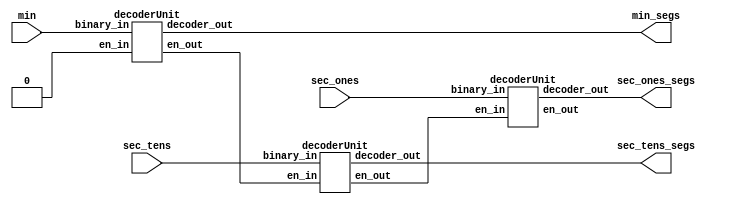
module decoder4x7(
  input wire [3:0] sec_ones, sec_tens, min,
  output wire [6:0] sec_ones_segs, sec_tens_segs, min_segs);
  
  wire en_secs_ones;
  wire en_secs_tens;
  wire ground;
  
  
  decoderUnit Dec1(.binary_in(sec_ones), .decoder_out(sec_ones_segs), .en_in(en_secs_ones) , .en_out(ground));
  decoderUnit Dec2(.binary_in(sec_tens), .decoder_out(sec_tens_segs), .en_in(en_secs_tens) , .en_out(en_secs_ones));
  decoderUnit Dec3(.binary_in(min), .decoder_out(min_segs), .en_in(1'b0), .en_out(en_secs_tens));
  
endmodule


module decoderUnit(
  input wire [3:0] binary_in   , //  4 bit binary input
  output wire [6:0] decoder_out , //  7-bit out 
  input wire en_in,
  output wire en_out
); 
 
 //Decoder que mapeia para um binrio para um bus de bits do display de 7 segmentos na forma abcdefg
 //onde ALTO(1)  o sinal de led ligado e o BAIXO(0), desligado.
  
  assign decoder_out = (binary_in==0 && en_in) ? 10'b1111110:
                       (binary_in==0 && ~(en_in)) ? 10'b0000000:
                       (binary_in==1) ? 10'b0110000:
                       (binary_in==2) ? 10'b1101101:
                       (binary_in==3) ? 10'b1111001:
                       (binary_in==4) ? 10'b0110011:
                       (binary_in==5) ? 10'b1011011:
                       (binary_in==6) ? 10'b1011111:
                       (binary_in==7) ? 10'b1110000:
                       (binary_in==8) ? 10'b1111111:10'b1111011;

  assign en_out = (binary_in[0] | binary_in[1] | binary_in[2] | binary_in[3] | en_in);  

  
endmodule